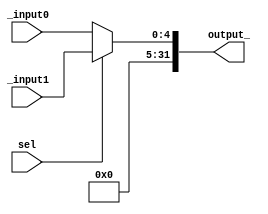
module mux5(_input0, _input1, sel, output_);
	input [4:0] _input0;			//Entrada 0 do Mux
	input [4:0] _input1;			//Entrada 1 do Mux
	input sel;						//bit de seleo
	output reg [31:0] output_;
	always @ (*) begin				
		if(sel)						//Atribuio da saida correspondente
			output_ <= _input1;
		else output_ <= _input0;
	end
endmodule